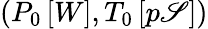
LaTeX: (P_{0}\, [W],T_{0}\, [p\mathscr{S}])